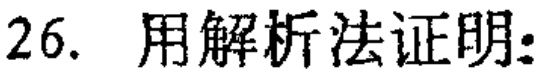
26. 用解析法证明: